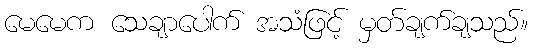
မေမေက သေချာပေါက် အသံဖြင့် မှတ်ချက်ချသည်။